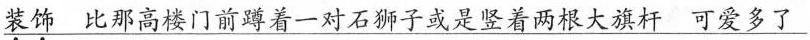
\underline{\underset{·}{装}\underset{·}{饰}比那高楼门前蹲着一对石狮子或是竖着两根大旗杆可爱多了}